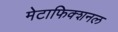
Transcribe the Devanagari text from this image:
मेटाफिक्शनल